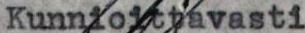
Kunniottavasti